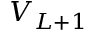
V _ { L + 1 }